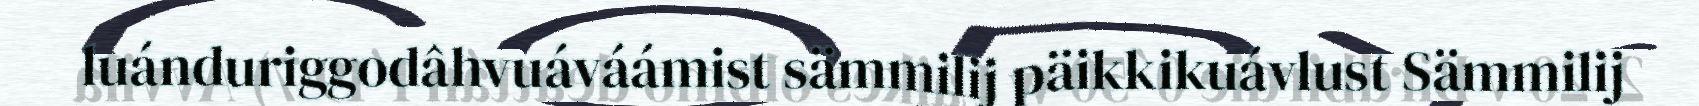
luánduriggodâhvuáváámist sämmilij päikkikuávlust Sämmilij